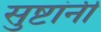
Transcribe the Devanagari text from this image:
सुष्टांनी